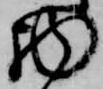
物